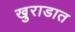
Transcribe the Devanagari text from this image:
खुराडात